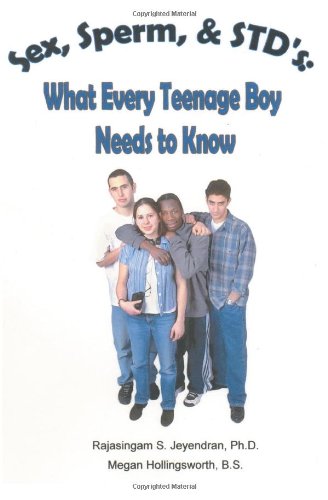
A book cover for Sex, Sperm, & STD'S:: What Every Teenage Boy Needs to Know; Rajasingam Jeyendran PhD; Teen & Young Adult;